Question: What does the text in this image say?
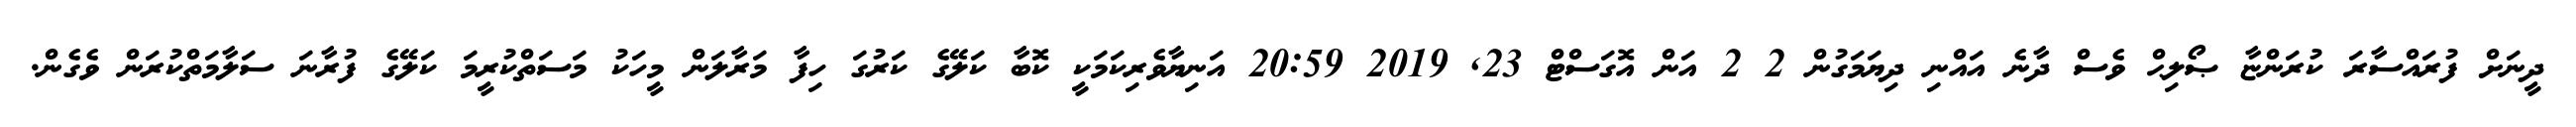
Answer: ދީނަށް ފުރައްސާރަ ކުރަންޏާ ޞޯލިޙް ވެސް ދާނެ އައްނި ދިޔަމަގުން 2 2 އަން އޮގަސްޓް 23, 2019 20:59 އަނިޔާވެރިކަމަކީ ކޮބާ ކަލޭގެ ކަރުގަ ހިފާ މަރާލަން މީހަކު މަސަތްކުރީމަ ކަލޭގެ ފުރާނަ ސަލާމަތްކުރަން ވެގެން.